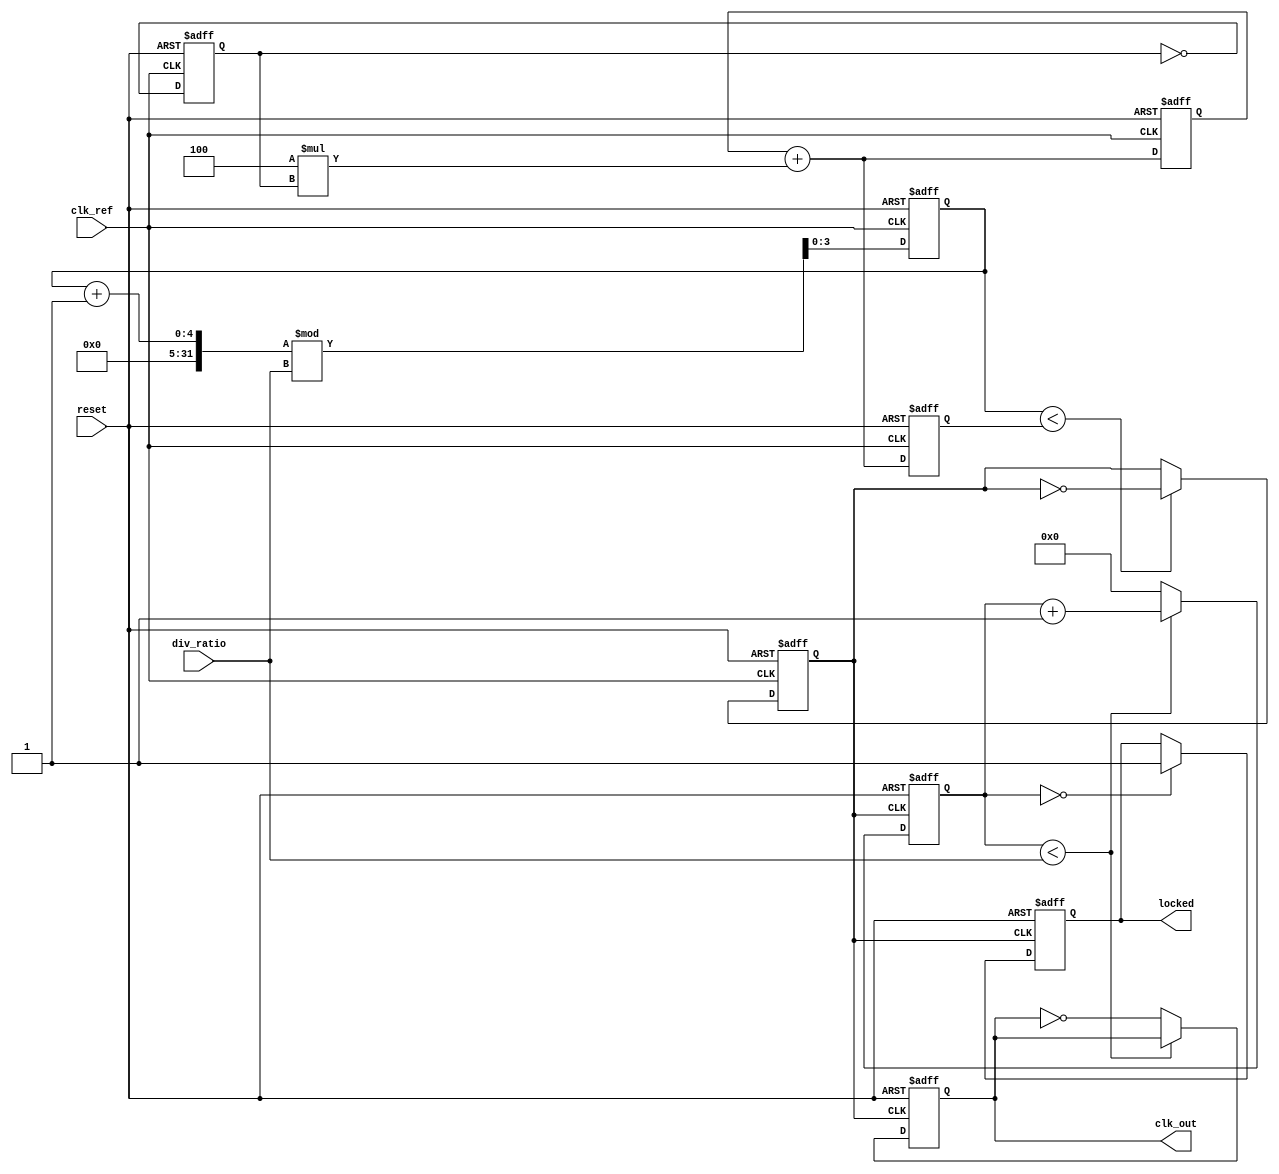
module Type2_PLL (
    input wire clk_ref,             // Reference clock input
    input wire reset,               // Asynchronous reset
    input wire [3:0] div_ratio,     // Programmable feedback divider ratio
    output reg clk_out,             // Output clock signal
    output reg locked               // Lock indicator
);

    // Parameters
    parameter N = 8;                // Number of bits for control voltage
    parameter Kp = 4;               // Proportional gain constant
    parameter Ki = 1;               // Integrator gain constant

    // Internal signals
    reg [N-1:0] control_voltage;     // Control voltage for VCO
    reg [N-1:0] integrator;          // Integrator output
    reg phase_error;                 // Phase error signal
    reg [3:0] feedback_counter;      // Feedback counter
    reg vco_output;                  // VCO output clock signal
    reg [3:0] vco_div_counter;       // VCO divider counter
    reg [3:0] phase_detector;        // Phase detector output

    // Phase Detector: Simple XOR for phase comparison
    always @(posedge clk_ref or posedge reset) begin
        if (reset) begin
            phase_detector <= 0;
        end else begin
            phase_detector <= ~phase_detector; // Toggle for phase detection
        end
    end

    // Loop Filter: Type-2 configuration
    always @(posedge clk_ref or posedge reset) begin
        if (reset) begin
            integrator <= 0;
            control_voltage <= 0;
        end else begin
            // Update integrator and control voltage
            integrator <= integrator + (Kp * phase_detector);
            control_voltage <= integrator + (Kp * phase_detector);
        end
    end

    // Voltage-Controlled Oscillator (VCO)
    always @(posedge clk_ref or posedge reset) begin
        if (reset) begin
            vco_output <= 0;
            vco_div_counter <= 0;
        end else begin
            // Generate VCO output based on control voltage
            if (vco_div_counter < control_voltage) begin
                vco_output <= ~vco_output; // Toggle output
            end
            vco_div_counter <= (vco_div_counter + 1) % div_ratio; // Divide by feedback ratio
        end
    end

    // Feedback Divider
    always @(posedge vco_output or posedge reset) begin
        if (reset) begin
            feedback_counter <= 0;
            clk_out <= 0;
            locked <= 0;
        end else begin
            if (feedback_counter < div_ratio) begin
                feedback_counter <= feedback_counter + 1;
            end else begin
                clk_out <= ~clk_out; // Output clock
                feedback_counter <= 0;
            end
            
            // Lock detection (simple implementation)
            if (feedback_counter == 0) begin
                locked <= 1; // Indicate locked state
            end
        end
    end

endmodule